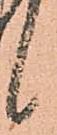
候